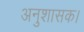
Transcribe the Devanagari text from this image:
अनुशासक।